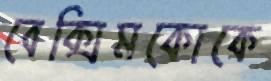
বেক্সিমকোকে